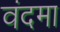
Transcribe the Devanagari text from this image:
वंदमा